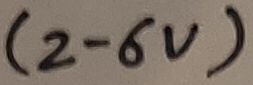
Text: (2-6V)